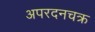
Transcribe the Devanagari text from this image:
अपरदनचक्र